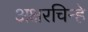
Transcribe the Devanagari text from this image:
अक्षरचिन्हे